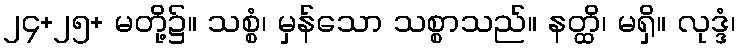
၂၄+၂၅+ မတို့၌။ သစ္စံ၊ မှန်သော သစ္စာသည်။ နတ္ထိ၊ မရှိ။ လုဒ္ဒံ၊